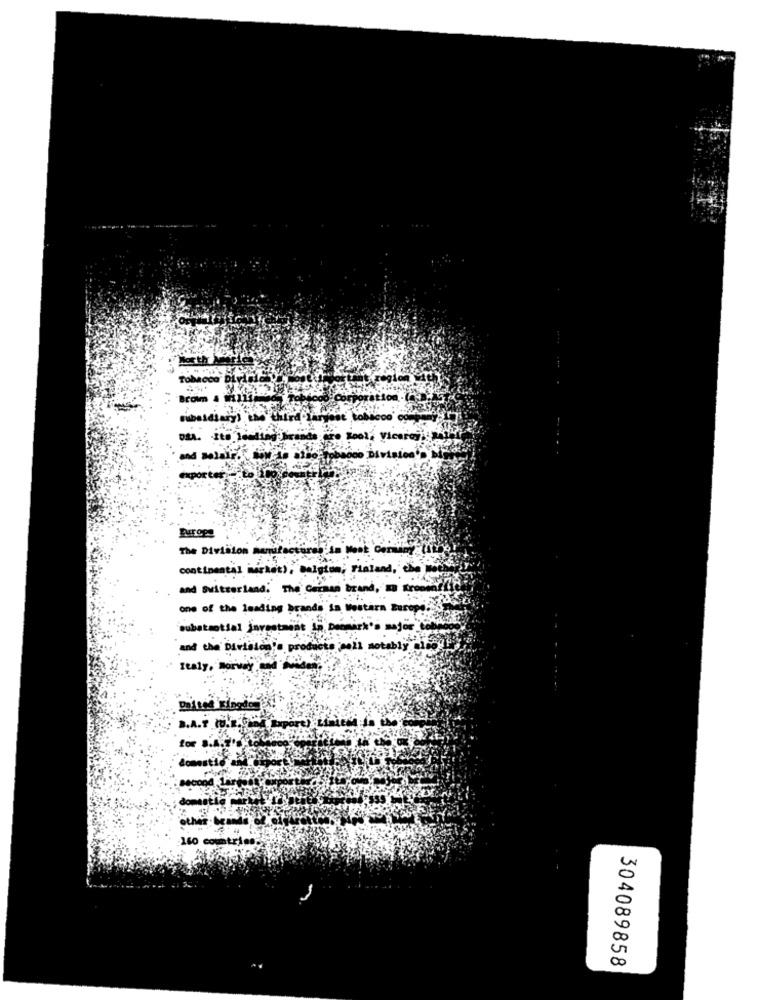
North
Tobacco Divisic
subsidiaryi Ens' third lar
Looly Viceroy.
Exporter -2to
Europ
The Division manufactured in Mook Genil
continental market), belgimm, rialand, che
and Switzerland. The German brand, m preseedZ
one of the leading brands in Western Europe."
substantial investment in Denmark's mayor
and the Davtalen!
products poll notably
Italy, norway w
Daites Kingdo
B.A.T .R.O.
for S.A
140 countries:
304089858